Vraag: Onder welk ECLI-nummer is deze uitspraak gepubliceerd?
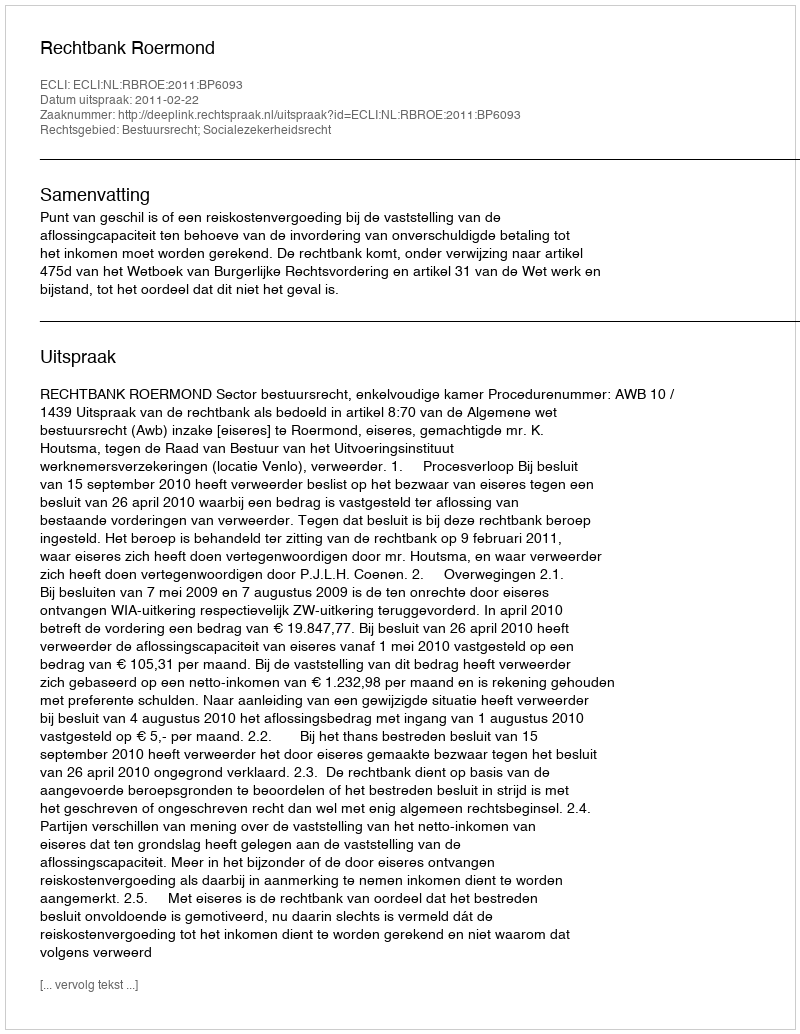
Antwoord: ECLI:NL:RBROE:2011:BP6093